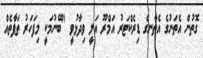
ގޮތުން އެތަނުގެ އެތާނގެ ޑިރެކްޓަރު އަމްރޫ އަލީ ވިދާޅުވީ "ބޭނުމަކީ މިފަހަރު ތަފާތެއް